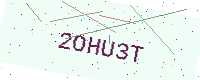
Text: 2OHU3T